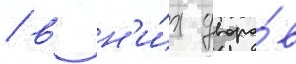
/ в н'и́х дворо́в